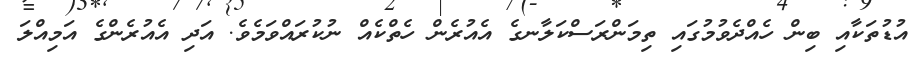
އުޑުތަކާއި ބިން ހެއްދެވުމުގައި ތިމަންރަސްކަލާނގެ އެއުރެން ހެތްކެއް ނުކުރައްވަމެވެ. އަދި އެއުރެންގެ އަމިއްލަ